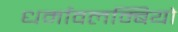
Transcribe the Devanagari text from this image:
धर्मावलम्बियो